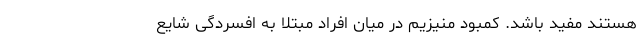
هستند مفید باشد. کمبود منیزیم در میان افراد مبتلا به افسردگی شایع